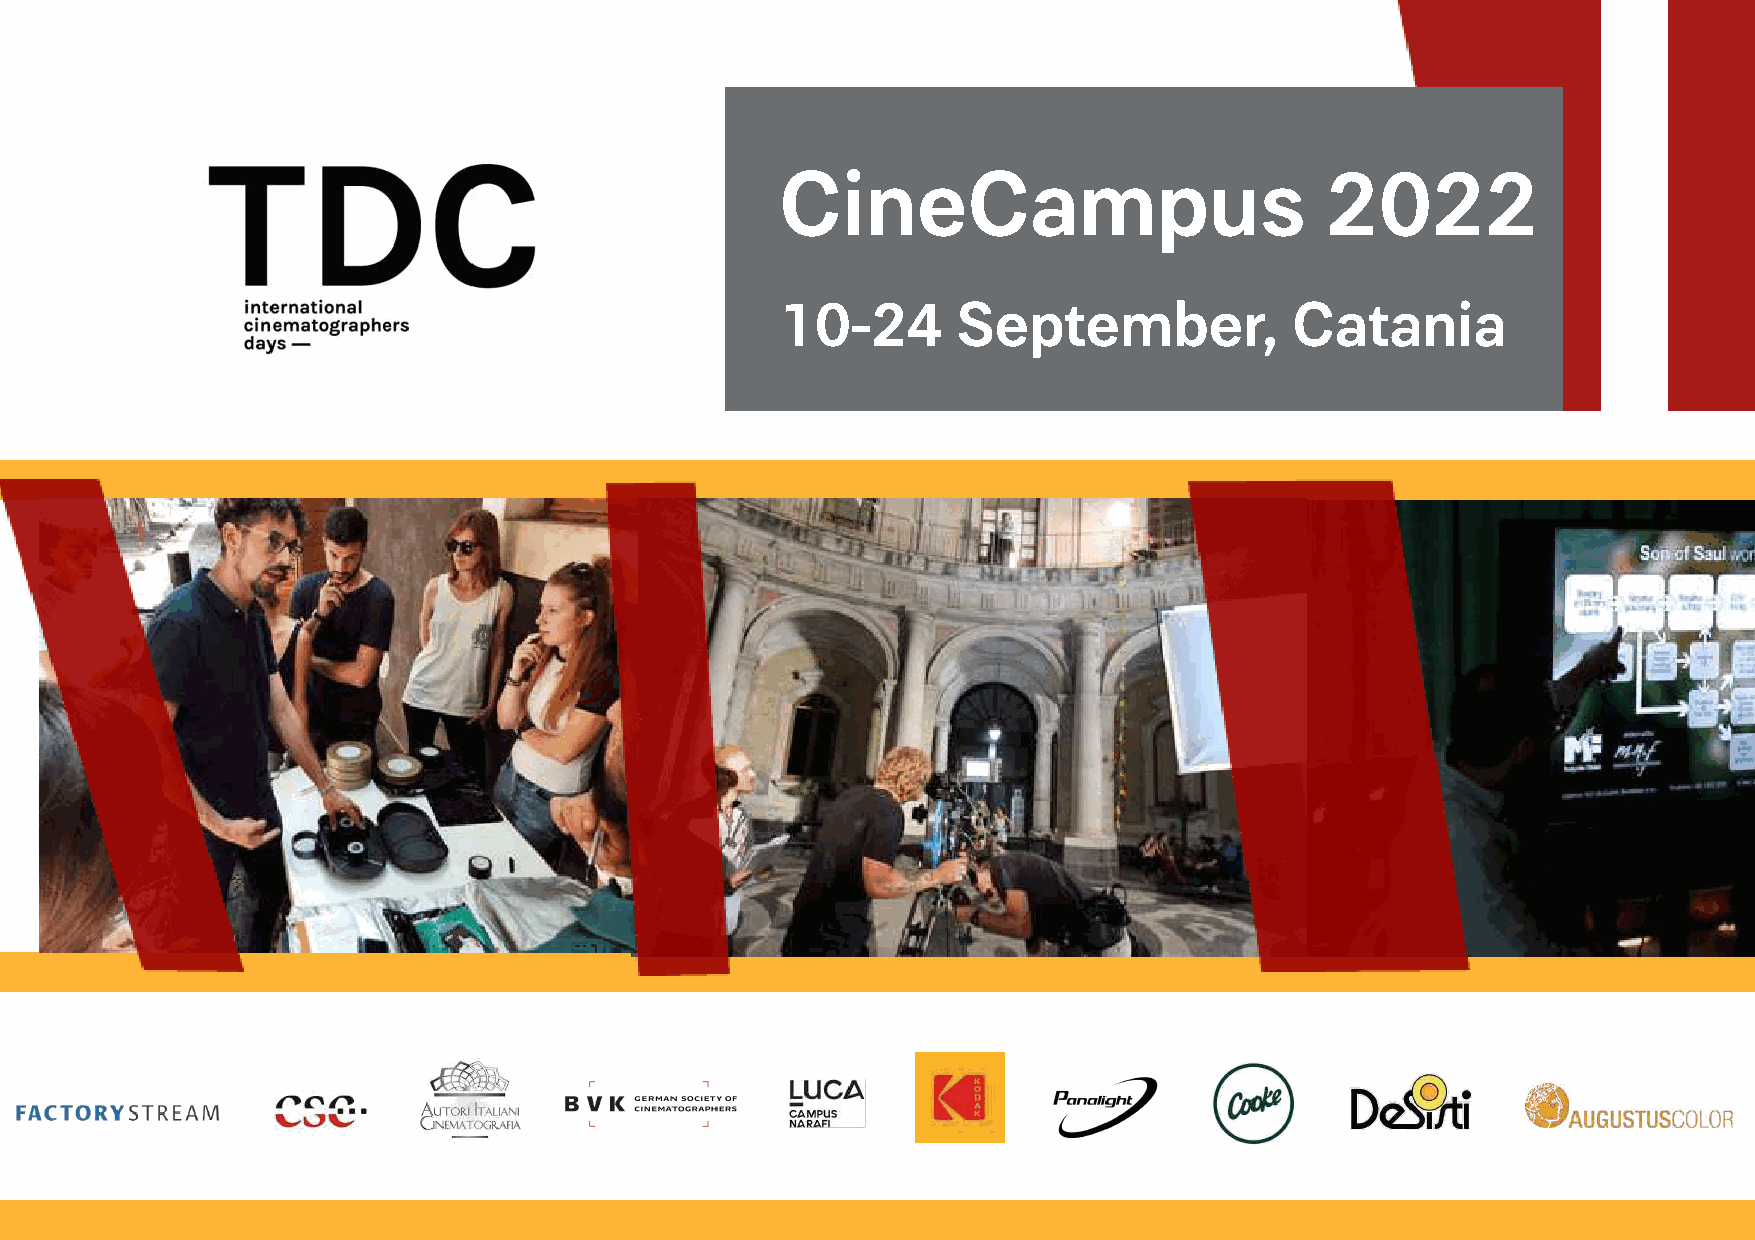
CineCampus                          2022
 10-24      September,            Catania